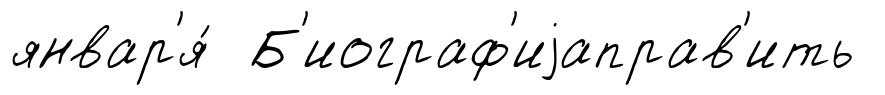
январ'я́ Б'иограф'иjаправ'ить